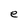
Character: e